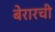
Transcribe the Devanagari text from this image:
बेरारची